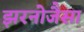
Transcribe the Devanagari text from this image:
झरनोजैसा